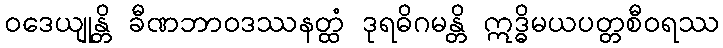
ဝဒေယျုန္တိ ခီဏဘာဝဒဿနတ္ထံ ဒုရဓိဂမန္တိ ဣဒ္ဓိမယပတ္တစီဝရဿ